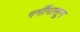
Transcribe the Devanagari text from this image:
गर्मीपासून